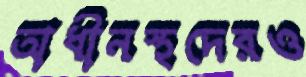
অধীনস্থদেরও